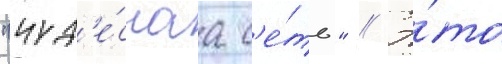
"чуд'е́снаа с'е́ть" // Э́то